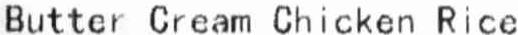
BUTTER CREAM CHICKEN RICE